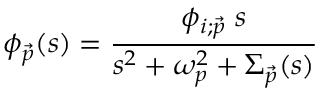
\phi _ { \vec { p } } ( s ) = \frac { \phi _ { i ; \vec { p } } \; s } { s ^ { 2 } + \omega _ { p } ^ { 2 } + \Sigma _ { \vec { p } } ( s ) }